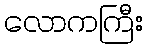
လောကကြီး